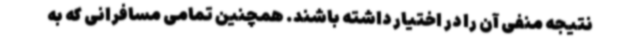
نتیجه منفی آن را در اختیار داشته باشند. همچنین تمامی مسافرانی که به